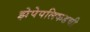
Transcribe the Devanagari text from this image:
झेपेपलिकडची